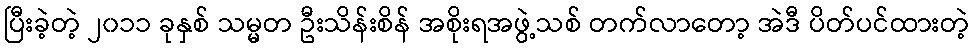
ပြီးခဲ့တဲ့ ၂၀၁၁ ခုနှစ် သမ္မတ ဦးသိန်းစိန် အစိုးရအဖွဲ့သစ် တက်လာတော့ အဲဒီ ပိတ်ပင်ထားတဲ့